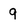
Character: 9